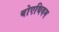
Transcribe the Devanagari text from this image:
बोएथियम